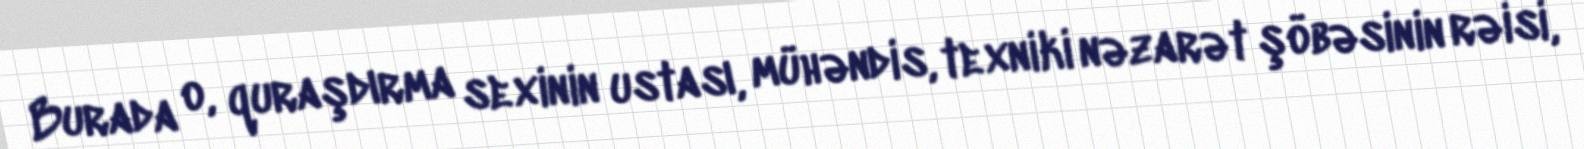
Burada o, quraşdırma sexinin ustası, mühəndis, texniki nəzarət şöbəsinin rəisi,